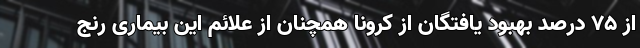
از ۷۵ درصد بهبود یافتگان از کرونا همچنان از علائم این بیماری رنج